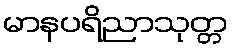
မာနပရိညာသုတ္တ